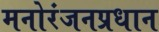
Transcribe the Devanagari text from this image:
मनोरंजनप्रधान